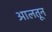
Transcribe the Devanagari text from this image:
आलतून